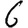
Digit: 6